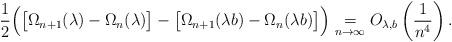
LaTeX: \begin{align*}\frac{1}{2}\Big(\big[\Omega_{n+1}(\lambda)-\Omega_{n}(\lambda)\big]-\big[\Omega_{n+1}(\lambda b)-\Omega_{n}(\lambda b)\big]\Big)\underset{n\rightarrow\infty}{=}O_{\lambda,b}\left(\frac{1}{n^{4}}\right).\end{align*}